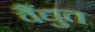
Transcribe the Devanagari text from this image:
वैंद्युत